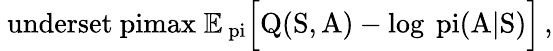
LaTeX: \mathrm{\ underset{\ pi}{max}\; \mathbb{E}_{\ pi}\Big[Q(S,A)-log\, \ pi(A|S)\Big]\, ,}